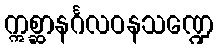
ဣစ္ဆာနင်္ဂလဝနသဏ္ဍေ